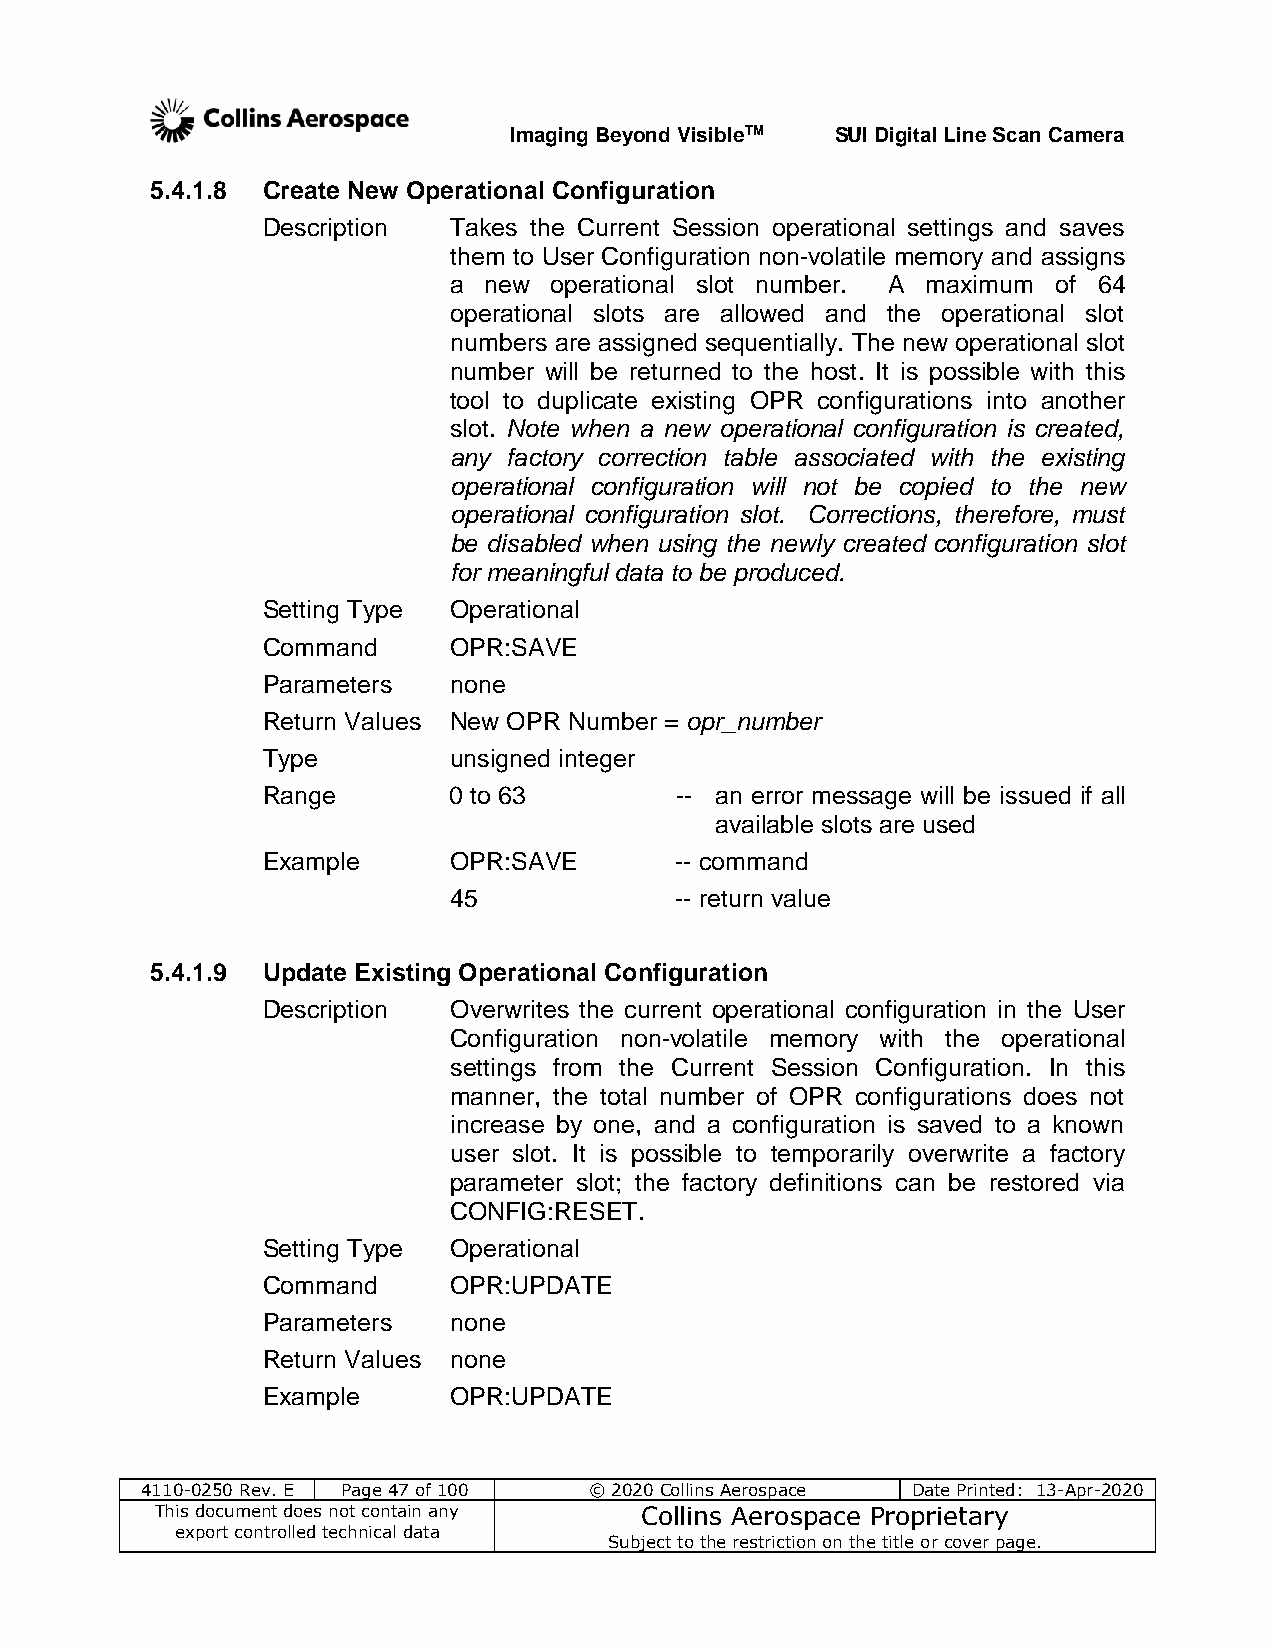
Imaging Beyond VisibleTM SUI Digital Line Scan Camera
 5.4.1.8 Create New Operational Configuration
 Description  Takes the Current Session operational settings and saves
 them to User Configuration non-volatile memory and assigns
 a new operational slot number. A maximum of 64
 operational slots are allowed and the operational slot
 numbers are assigned sequentially. The new operational slot
 number will be returned to the host. It is possible with this
 tool to duplicate existing OPR configurations into another
 slot. Note when a new operational configuration is created,
 any factory correction table associated with the existing
 operational configuration will not be copied to the new
 operational configuration slot. Corrections, therefore, must
 be disabled when using the newly created configuration slot
 for meaningful data to be produced.
 Setting Type Operational
 Command      OPR:SAVE
 Parameters   none
 Return Values New OPR Number = opr_number
 Type         unsigned integer
 Range        0 to 63        -- an error message will be issued if all
 available slots are used
 Example      OPR:SAVE       -- command
 45             -- return value
 5.4.1.9 Update Existing Operational Configuration
 Description  Overwrites the current operational configuration in the User
 Configuration non-volatile memory with the operational
 settings from the Current Session Configuration. In this
 manner, the total number of OPR configurations does not
 increase by one, and a configuration is saved to a known
 user slot. It is possible to temporarily overwrite a factory
 parameter slot; the factory definitions can be restored via
 CONFIG:RESET.
 Setting Type Operational
 Command      OPR:UPDATE
 Parameters   none
 Return Values none
 Example      OPR:UPDATE
 4110-0250 Rev. E Page 47 of 100 © 2020 Collins Aerospace Date Printed: 13-Apr-2020
 This document does not contain any Collins Aerospace Proprietary
 export controlled technical data
 Subject to the restriction on the title or cover page.